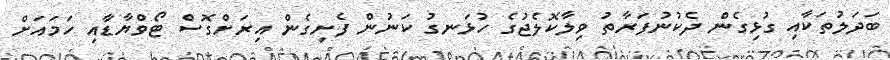
ބަދަލުތަކާއި ގުޅިގެން ދެކުނުފަރާތު ވިލާކޮލެޖުގެ ހުޅަނގު ކަނުން ފެށިގެން އިރަށްގޮސް ޓޯވްޔާޑާއި ހަމައަށް